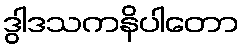
ဒွါဒသကနိပါတော